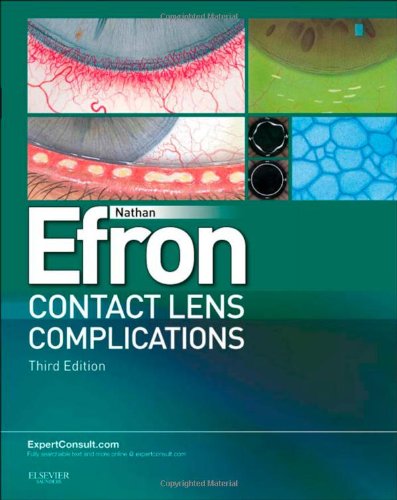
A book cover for Contact Lens Complications: Expert Consult - Online and Print, 3e; Nathan Efron BScOptom PhD (Melbourne)  DSc (Manchester)  FAAO (Dip CCLRT)  FIACLE  FCCLSA  FBCLA  FACO; Medical Books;